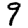
Digit: 9